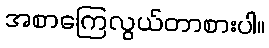
အစာကြေလွယ်တာစားပါ။